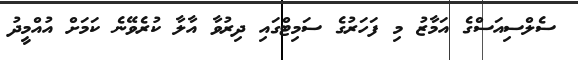
ސެލްސިއަސްގެ އަމާޒު މި ފަހަރުގެ ސަމިޓްގައި ދިރުވާ އާލާ ކުރެވޭނެ ކަމަށް އުއްމީދު